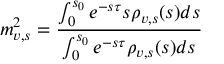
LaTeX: m _ { v , s } ^ { 2 } = \displaystyle { \frac { \int _ { 0 } ^ { s _ { 0 } } e ^ { - s \tau } s \rho _ { v , s } ( s ) d s } { \int _ { 0 } ^ { s _ { 0 } } e ^ { - s \tau } \rho _ { v , s } ( s ) d s } }